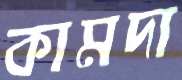
কামদা